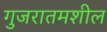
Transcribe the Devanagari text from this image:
गुजरातमशील